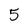
Character: 5